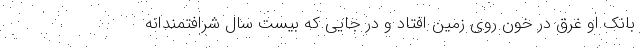
بانک.او غرق در خون روی زمین افتاد و در جایی که بیست سال شرافتمندانه